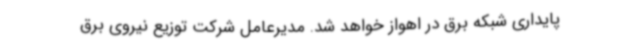
پایداری شبکه برق در اهواز خواهد شد. مدیرعامل شرکت توزیع نیروی برق